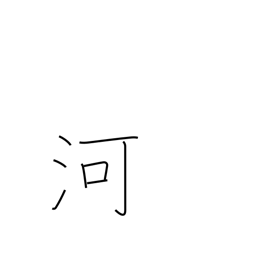
Meaning: river